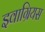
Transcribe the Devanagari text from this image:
इवाग्रियस